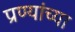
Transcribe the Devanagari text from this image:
प्रण्यांच्या